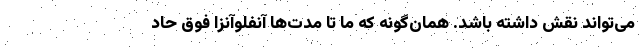
می‌تواند نقش داشته باشد. همان‌گونه که ما تا مدت‌ها آنفلوآنزا فوق حاد